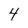
Character: 4